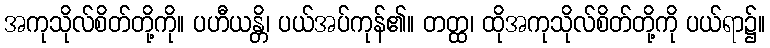
အကုသိုလ်စိတ်တို့ကို။ ပဟီယန္တိ၊ ပယ်အပ်ကုန်၏။ တတ္ထ၊ ထိုအကုသိုလ်စိတ်တို့ကို ပယ်ရာ၌။